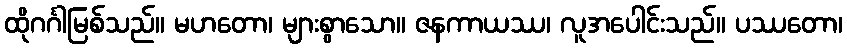
ထိုဂင်္ဂါမြစ်သည်။ မဟတော၊ များစွာသော။ ဇနကာယဿ၊ လူအပေါင်းသည်။ ပဿတော၊